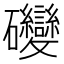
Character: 𥘂